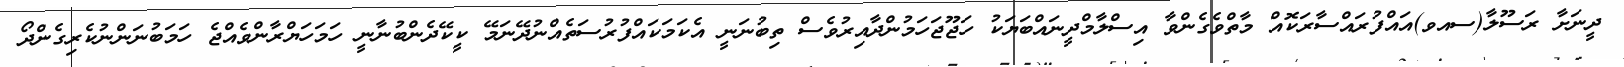
ދީނަށާ ރަސޫލާ(ސއވ)އައްފުރައްސާރަކޮއް މާތްވެގެންވާ އިސްލާމްދީނައްބަޔަކު ހަޖޫޖަހަމުންދާއިރުވެސް ތިބުނަނީ އެކަމަކައްފުރުސަތެއްނުދޭނަމޭ ކީކޭދެންބުނާނީ ހަމަހަޔްރާންވެއްޖެ ހަމަބުނަންނުކެރިގެންދޯ